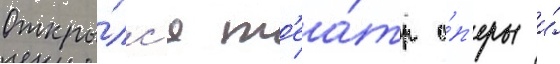
Откры́лс'я т'еа́тр о́п'еры и́